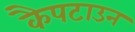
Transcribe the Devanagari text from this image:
कैपटाउन